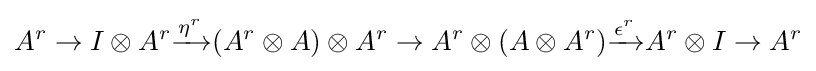
A^{r}\to I\otimes A^{r}{\xrightarrow {\eta ^{r}}}(A^{r}\otimes A)\otimes A^{r}\to A^{r}\otimes (A\otimes A^{r}){\xrightarrow {\epsilon ^{r}}}A^{r}\otimes I\to A^{r}